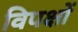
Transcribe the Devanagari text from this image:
विपक्षों